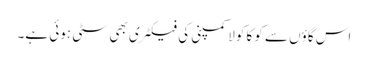
اس گاؤں سے کوکا کولا کمپنی کی فیکٹری بھی سٹی ہوئی ہے۔